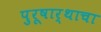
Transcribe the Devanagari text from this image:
पुरूषार्थाचा